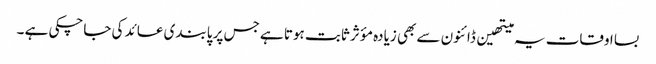
بسا اوقات یہ میتھین ڈائنون سے بھی زیادہ مؤثر ثابت ہوتا ہے جس پر پابندی عائد کی جاچکی ہے ۔